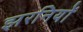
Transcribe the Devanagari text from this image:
झरनियों